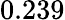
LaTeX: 0.239